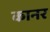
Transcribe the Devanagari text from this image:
कानर